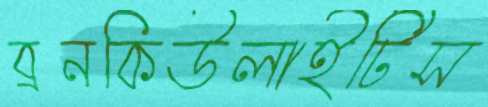
ব্রনকিউলাইটিস